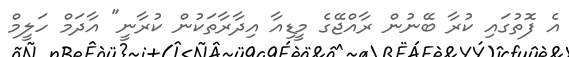
އެ ފޮތުގައި ކުރާ ބޭނުން ރާއްޖޭގެ މީޑިއާ އިދާރާތަކުން ކުރާނީ" އާދަމް ހަލީމް